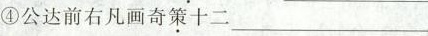
④公达前右凡画奇\underset{·}{策}十二___